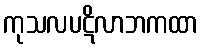
ကုသလပဋိလာဘကထာ